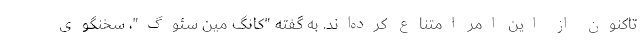
تاکنون از این امر امتناع کرده‌اند. به گفته "کانگ مین سئوگ"، سخنگوی